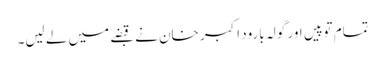
تمام توپیں اور گولہ بارود اکبر خان نے قبضے میں لے لیں۔